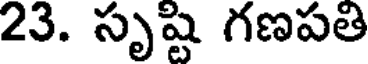
23. సృష్టి గణపతి